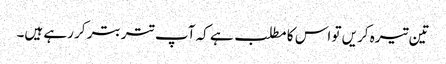
تین تیرہ کریں تو اس کا مطلب ہے کہ آپ تتر بتر کر رہے ہیں۔